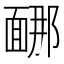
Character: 𩈩